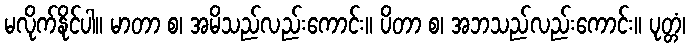
မလိုက်နိုင်ပါ။ မာတာ စ၊ အမိသည်လည်းကောင်း။ ပိတာ စ၊ အဘသည်လည်းကောင်း။ ပုတ္တံ၊